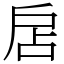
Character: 扂